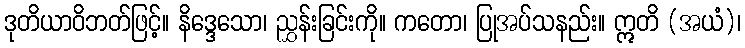
ဒုတိယာဝိဘတ်ဖြင့်။ နိဒ္ဒေသော၊ ညွှန်းခြင်းကို။ ကတော၊ ပြုအပ်သနည်း။ ဣတိ (အယံ)၊